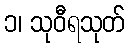
၁၊ သုဝီရသုတ်